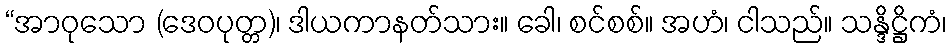
“အာဝုသော (ဒေဝပုတ္တ)၊ ဒါယကာနတ်သား။ ခေါ၊ စင်စစ်။ အဟံ၊ ငါသည်။ သန္ဒိဋ္ဌိကံ၊